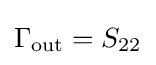
\Gamma _{\mathrm {out} }=S_{22}